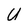
Character: U